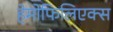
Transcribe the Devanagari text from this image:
हेमोफिलिएक्स